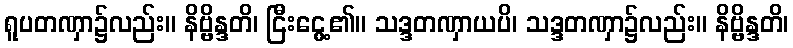
ရူပတဏှာ၌လည်း။ နိဗ္ဗိန္ဒတိ၊ ငြီးငွေ့၏။ သဒ္ဒတဏှာယပိ၊ သဒ္ဒတဏှာ၌လည်း။ နိဗ္ဗိန္ဒတိ၊